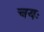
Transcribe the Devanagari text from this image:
चयः